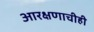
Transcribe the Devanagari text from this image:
आरक्षणाचीही